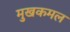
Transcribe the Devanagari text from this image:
मुखकमल